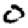
Digit: 0